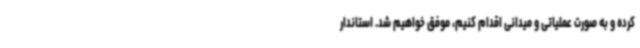
کرده و به صورت عملیاتی و میدانی اقدام کنیم، موفق خواهیم شد. استاندار